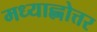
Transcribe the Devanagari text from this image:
मध्याह्नोत्तर